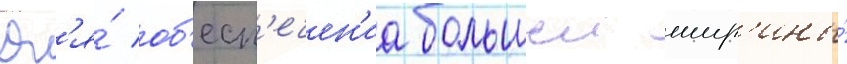
Дл'я́ об'есп'ечен'иа большеи шир'ины́